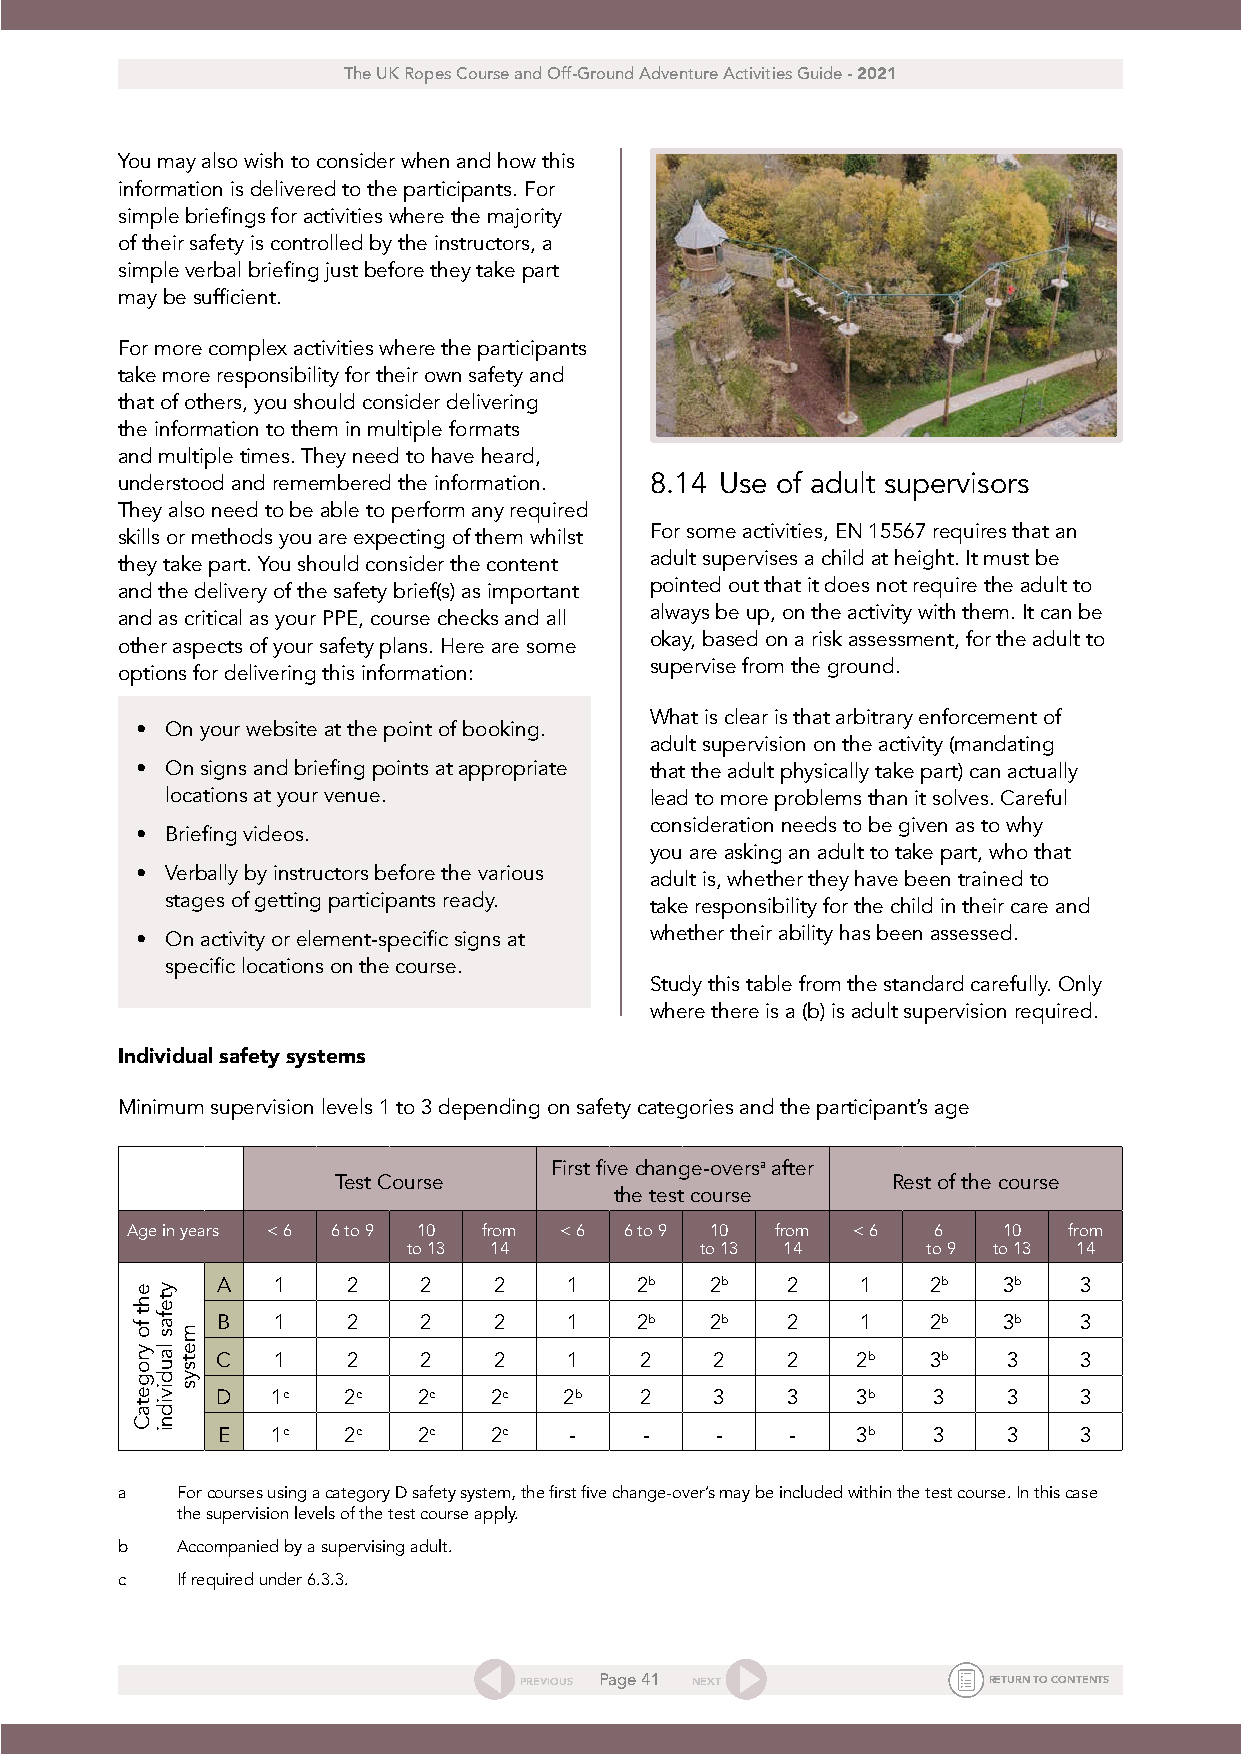
The UK Ropes Course and Off-Ground Adventure Activities Guide - 2021
 You may also wish to consider when and how this
 information is delivered to the participants. For
 simple briefings for activities where the majority
 of their safety is controlled by the instructors, a
 simple verbal briefing just before they take part
 may be sufficient.
 For more complex activities where the participants
 take more responsibility for their own safety and
 that of others, you should consider delivering
 the information to them in multiple formats
 and multiple times. They need to have heard,
 understood and remembered the information. 8.14 Use of adult supervisors
 They also need to be able to perform any required
 For some activities, EN 15567 requires that an
 skills or methods you are expecting of them whilst
 adult supervises a child at height. It must be
 they take part. You should consider the content
 pointed out that it does not require the adult to
 and the delivery of the safety brief(s) as important
 always be up, on the activity with them. It can be
 and as critical as your PPE, course checks and all
 okay, based on a risk assessment, for the adult to
 other aspects of your safety plans. Here are some
 supervise from the ground.
 options for delivering this information:
 What is clear is that arbitrary enforcement of
 • On your website at the point of booking.
 adult supervision on the activity (mandating
 • On signs and briefing points at appropriate that the adult physically take part) can actually
 locations at your venue.        lead to more problems than it solves. Careful
 consideration needs to be given as to why
 • Briefing videos.
 you are asking an adult to take part, who that
 • Verbally by instructors before the various adult is, whether they have been trained to
 stages of getting participants ready. take responsibility for the child in their care and
 • On activity or element-specific signs at whether their ability has been assessed.
 specific locations on the course.
 Study this table from the standard carefully. Only
 where there is a (b) is adult supervision required.
 Individual safety systems
 Minimum supervision levels 1 to 3 depending on safety categories and the participant’s age
 First five change-oversa after
 Test Course                          Rest of the course
 the test course
 Age in years < 6 6 to 9 10 from < 6 6 to 9 10 from < 6 6  10   from
 to 13 14           to 13 14       to 9 to 13 14
 A   1    2    2    2    1   2b   2b   2    1    2b  3b   3
 B   1    2    2    2    1   2b   2b   2    1    2b  3b   3
 C   1    2    2    2    1   2    2    2    2b   3b   3   3
 D   1c   2c   2c  2c   2b   2    3    3    3b   3    3   3
 E   1c   2c   2c  2c    -    -   -    -    3b   3    3   3
 a   For courses using a category D safety system, the first five change-over’s may be included within the test course. In this case
 the supervision levels of the test course apply.
 b   Accompanied by a supervising adult.
 c   If required under 6.3.3.
 PREVIOUS Page 41 NEXT          RETURN TO CONTENTS
 eht
 fo
 yrogetaC
 ytefas
 laudividni
 metsys